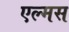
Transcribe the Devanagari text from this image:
एल्मस